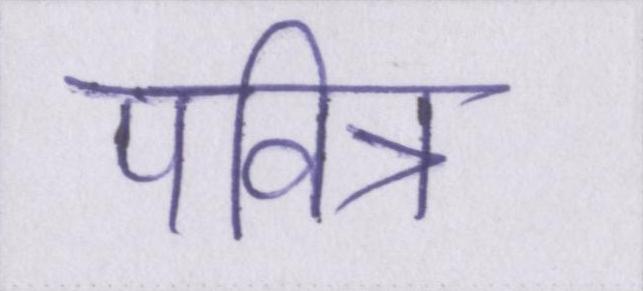
पवित्र